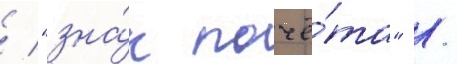
/ "зна́к почё́та" /